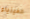
الفيزياء